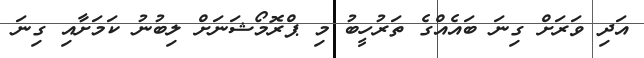
އަދި ވަރަށް ގިނަ ބައެއްގެ ތަރުހީބު މި ޕްރޮމޯޝަނަށް ލިބުނު ކަމަށާއި ގިނަ